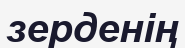
зерденің